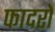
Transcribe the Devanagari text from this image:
फादरों